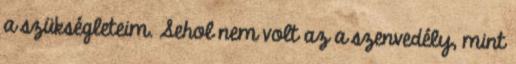
a szükségleteim. Sehol nem volt az a szenvedély, mint